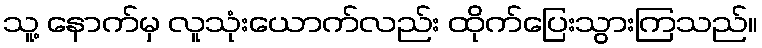
သူ့ နောက်မှ လူသုံးယောက်လည်း ထိုက်ပြေးသွားကြသည်။